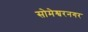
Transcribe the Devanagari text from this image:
सोमेश्वरनगर